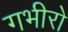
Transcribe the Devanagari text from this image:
गभीरो